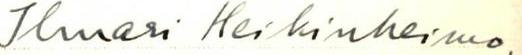
Ilmari Heikinheimo.